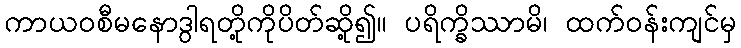
ကာယဝစီမနောဒွါရတို့ကိုပိတ်ဆို့၍။ ပရိက္ခိဿာမိ၊ ထက်ဝန်းကျင်မှ